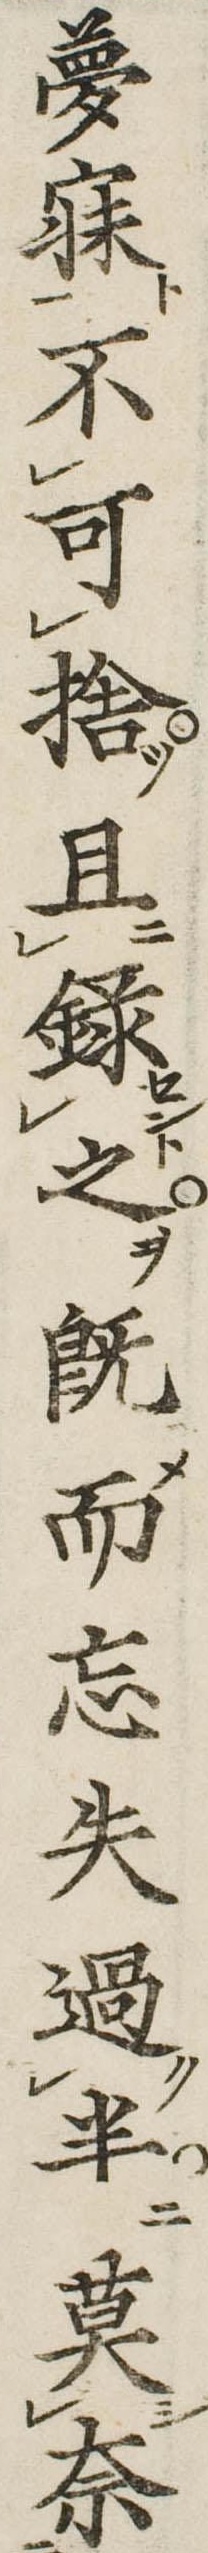
夢寐不可捨且録之既而忘失過半莫奈